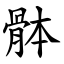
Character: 骵